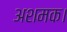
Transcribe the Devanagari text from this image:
अशमक।